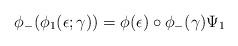
LaTeX: \begin{gather*}\phi_-(\phi_1(\epsilon;\gamma))=\phi(\epsilon)\circ\phi_-(\gamma)\Psi_1\end{gather*}